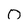
Character: o